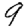
Digit: 9